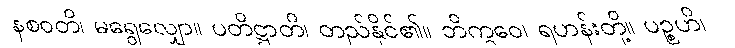
နစဝတိ၊ မရွေလျှော။ ပတိဋ္ဌာတိ၊ တည်နိုင်၏။ ဘိက္ခဝေ၊ ရဟန်းတို့။ ပဉ္စဟိ၊